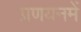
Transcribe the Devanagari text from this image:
प्रणयनमें